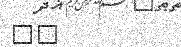
٦٣